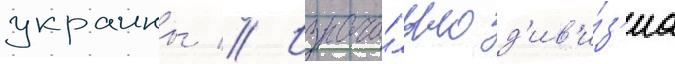
украины // Изнача́льно д'ив'и́з'иа